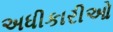
અધીકારીઓ